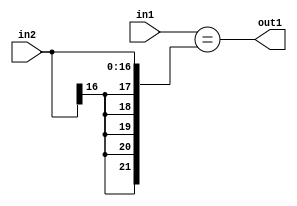
`timescale 1ps / 1ps
/*****************************************************************************
    Verilog RTL Description
    
    
    Created by: Stratus DpOpt 2019.1.01 
*******************************************************************************/

module st_weight_addr_gen_Equal_17Sx16U_1U_4_10 (
	in2,
	in1,
	out1
	); /* architecture "behavioural" */ 
input [16:0] in2;
input [15:0] in1;
output  out1;
wire  asc001;

assign asc001 = (in1=={{5{in2[16]}}, in2});

assign out1 = asc001;
endmodule

/* CADENCE  ubPyTg4= : u9/ySgnWtBlWxVPRXgAZ4Og= ** DO NOT EDIT THIS LINE ******/